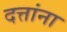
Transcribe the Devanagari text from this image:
दत्तांना